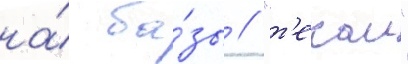
на́ ба́зы // "т'екаи"